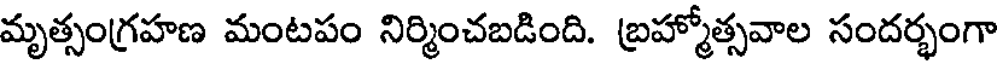
మృత్సంగ్రహణ మంటపం నిర్మించబడింది. బ్రహ్మోత్సవాల సందర్భంగా